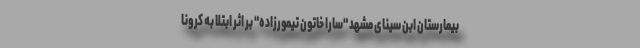
بیمارستان ابن سینای مشهد "سارا خاتون تیمورزاده" بر اثر ابتلا به کرونا